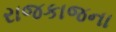
રાજકાજના